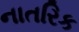
નાતરિક